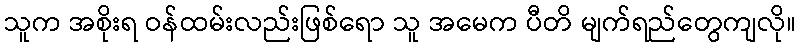
သူက အစိုးရ ဝန်ထမ်းလည်းဖြစ်ရော သူ အမေက ပီတိ မျက်ရည်တွေကျလို။